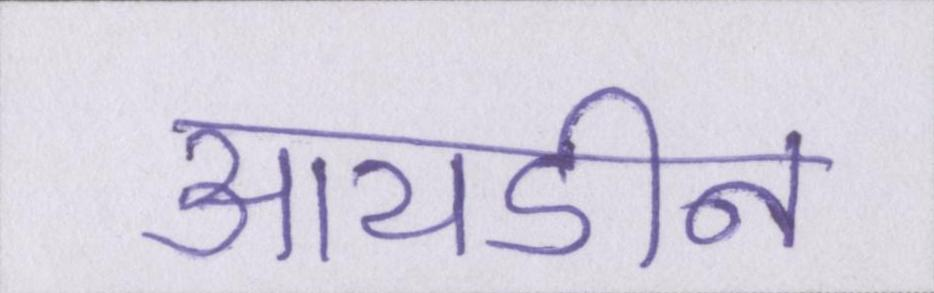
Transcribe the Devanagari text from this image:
आयडीन